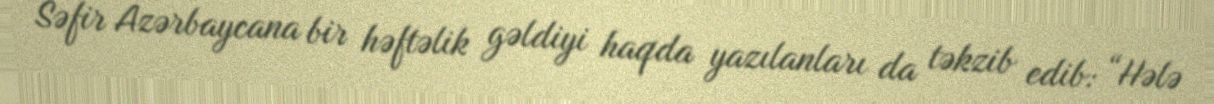
Səfir Azərbaycana bir həftəlik gəldiyi haqda yazılanları da təkzib edib: “Hələ